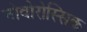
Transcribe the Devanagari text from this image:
नोवोरोस्सिक